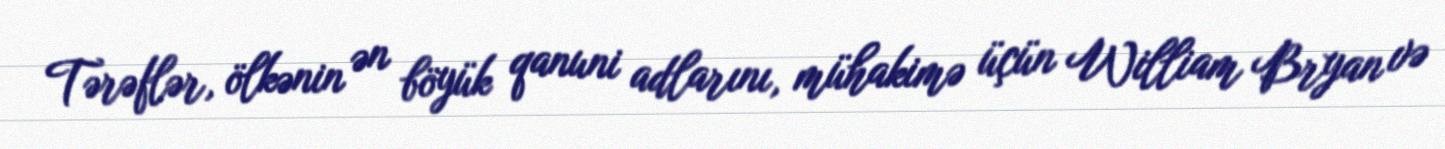
Tərəflər, ölkənin ən böyük qanuni adlarını, mühakimə üçün William Bryan və